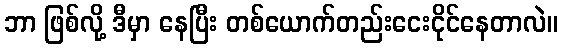
ဘာ ဖြစ်လို့ ဒီမှာ နေပြီး တစ်ယောက်တည်းငေးငိုင်နေတာလဲ။